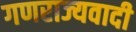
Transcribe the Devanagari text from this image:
गणराज्यवादी